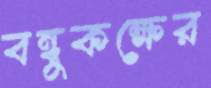
বন্ধুকক্ষের